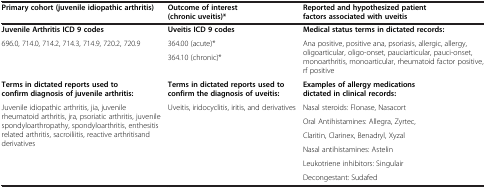
<table><thead><tr><td><b>Primary cohort (juvenile idiopathic arthritis)</b></td><td><b>Outcome of interest (chronic uveitis)*</b></td><td><b>Reported and hypothesized patient factors associated with uveitis</b></td></tr></thead><tbody><tr><td><b>Juvenile Arthritis ICD 9 codes</b></td><td><b>Uveitis ICD 9 codes</b></td><td><b>Medical status terms in dictated records:</b></td></tr><tr><td rowspan="2">696.0, 714.0, 714.2, 714.3, 714.9, 720.2, 720.9</td><td>364.00 (acute)*</td><td rowspan="2">Ana positive, positive ana, psoriasis, allergic, allergy, oligoarticular, oligo-onset, pauciarticular, pauci-onset, monoarthritis, monoarticular, rheumatoid factor positive, rf positive</td></tr><tr><td>364.10 (chronic)*</td></tr><tr><td><b>Terms in dictated reports used to confirm diagnosis of juvenile arthritis:</b></td><td><b>Terms in dictated reports used to confirm the diagnosis of uveitis:</b></td><td><b>Examples of allergy medications dictated in clinical records:</b></td></tr><tr><td rowspan="6">Juvenile idiopathic arthritis, jia, juvenile rheumatoid arthritis, jra, psoriatic arthritis, juvenile spondyloarthropathy, spondyloarthritis, enthesitis related arthritis, sacroiliitis, reactive arthritisand derivatives</td><td rowspan="6">Uveitis, iridocyclitis, iritis, and derivatives</td><td>Nasal steroids: Flonase, Nasacort</td></tr><tr><td>Oral Antihistamines: Allegra, Zyrtec,</td></tr><tr><td>Claritin, Clarinex, Benadryl, Xyzal</td></tr><tr><td>Nasal antihistamines: Astelin</td></tr><tr><td>Leukotriene inhibitors: Singulair</td></tr><tr><td>Decongestant: Sudafed</td></tr></tbody></table>